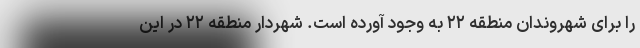
را برای شهروندان منطقه ۲۲ به وجود آورده است. شهردار منطقه ۲۲ در این